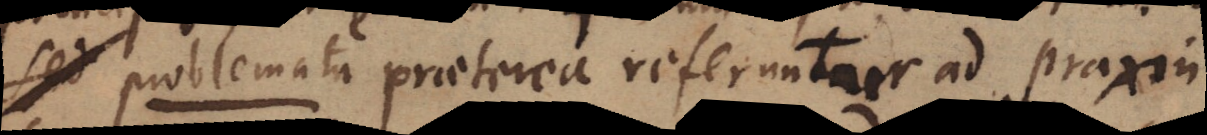
sed problemata praeterea referuntur ad praxin